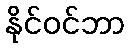
နိုင်ဝင်ဘာ